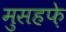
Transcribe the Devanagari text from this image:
मुसहफ़े